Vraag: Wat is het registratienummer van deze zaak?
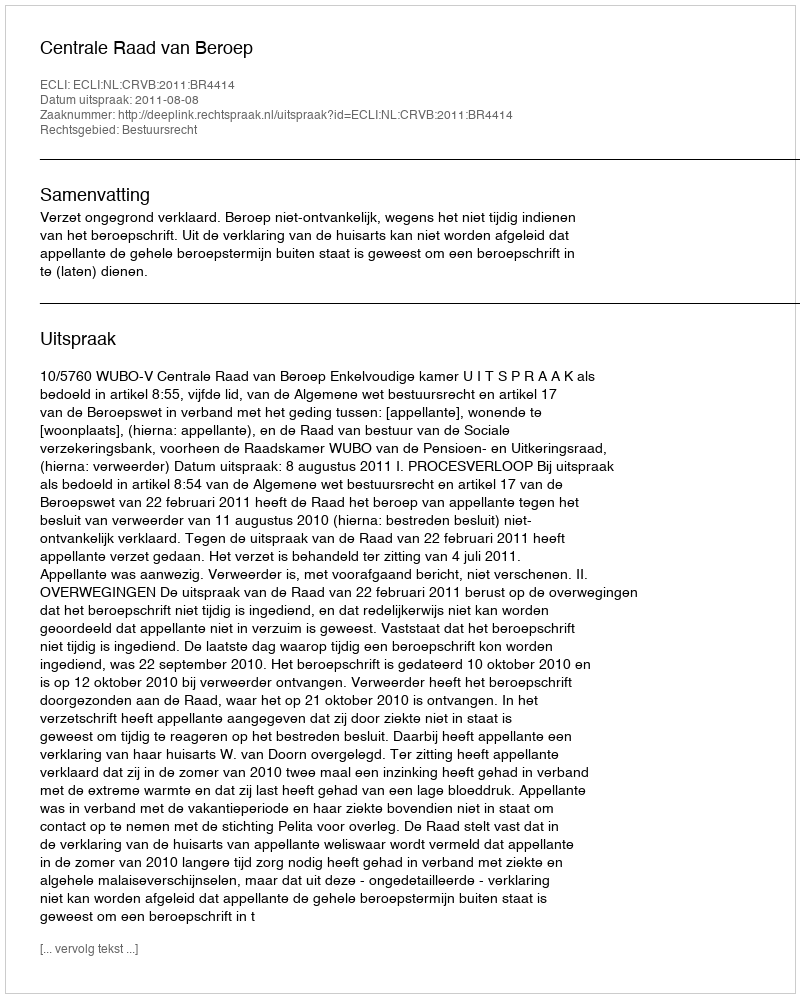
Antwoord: http://deeplink.rechtspraak.nl/uitspraak?id=ECLI:NL:CRVB:2011:BR4414